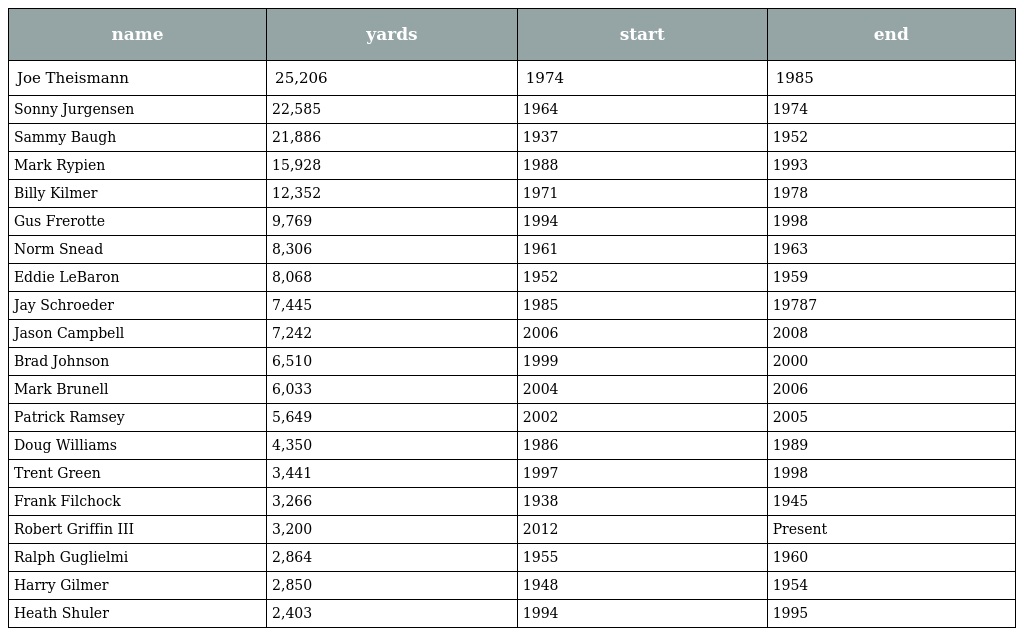
| name | yards | start | end |
 | --- | --- | --- | --- |
 | Joe Theismann | 25,206 | 1974 | 1985 |
 | Sonny Jurgensen | 22,585 | 1964 | 1974 |
 | Sammy Baugh | 21,886 | 1937 | 1952 |
 | Mark Rypien | 15,928 | 1988 | 1993 |
 | Billy Kilmer | 12,352 | 1971 | 1978 |
 | Gus Frerotte | 9,769 | 1994 | 1998 |
 | Norm Snead | 8,306 | 1961 | 1963 |
 | Eddie LeBaron | 8,068 | 1952 | 1959 |
 | Jay Schroeder | 7,445 | 1985 | 19787 |
 | Jason Campbell | 7,242 | 2006 | 2008 |
 | Brad Johnson | 6,510 | 1999 | 2000 |
 | Mark Brunell | 6,033 | 2004 | 2006 |
 | Patrick Ramsey | 5,649 | 2002 | 2005 |
 | Doug Williams | 4,350 | 1986 | 1989 |
 | Trent Green | 3,441 | 1997 | 1998 |
 | Frank Filchock | 3,266 | 1938 | 1945 |
 | Robert Griffin III | 3,200 | 2012 | Present |
 | Ralph Guglielmi | 2,864 | 1955 | 1960 |
 | Harry Gilmer | 2,850 | 1948 | 1954 |
 | Heath Shuler | 2,403 | 1994 | 1995 |